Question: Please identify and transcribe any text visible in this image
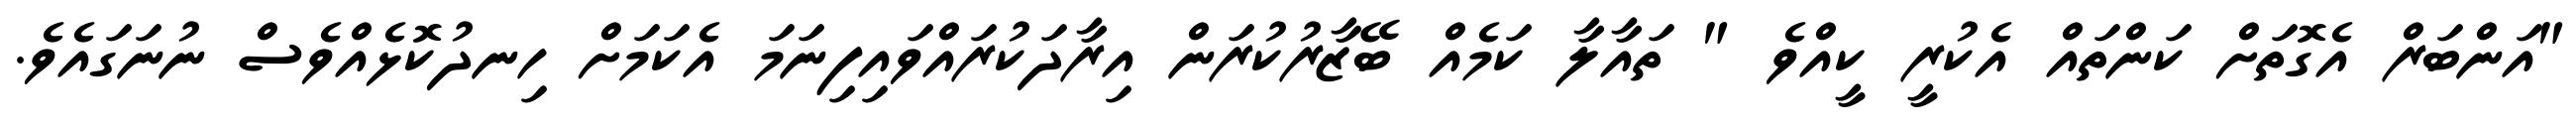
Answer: "އަންބަރް އެގޮތަށް ކަންތައް އެކުރީ ކީއްވެ " ތައާލާ ކަމެއް ބޭޒާރުކުރަން އިރާދަކުރައްވައިފިނަމަ އެކަމަށް ހިނދުކޮޅެއްވެސް ނުނަގައެވެ.